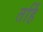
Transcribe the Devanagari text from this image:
तर्हि